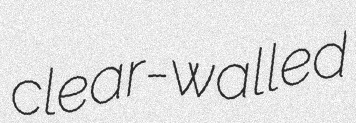
clear-walled